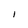
Character: i